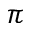
\pi